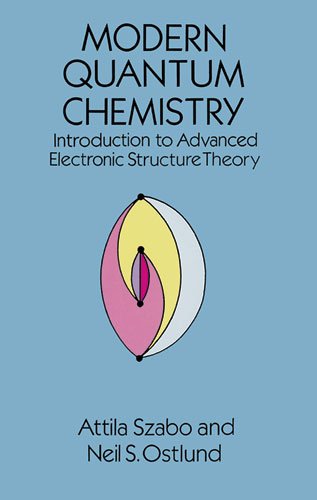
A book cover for Modern Quantum Chemistry: Introduction to Advanced Electronic Structure Theory (Dover Books on Chemistry); Attila Szabo; Science & Math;